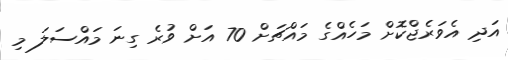
އަދި އެވަރެޖްކޮށް މަހެއްގެ މައްޗަށް 70 އަށް ވުރެ ގިނަ މައްސަލަ މި